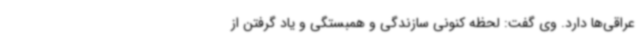
عراقی‌ها دارد. وی گفت: لحظه کنونی سازندگی و همبستگی و یاد گرفتن از